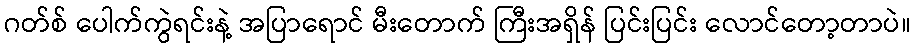
ဂတ်စ် ပေါက်ကွဲရင်းနဲ့ အပြာရောင် မီးတောက် ကြီးအရှိန် ပြင်းပြင်း လောင်တော့တာပဲ။